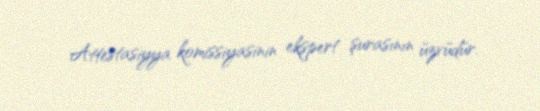
Attestasiyya komissiyasinin ekspert şurasının üzvüdür.